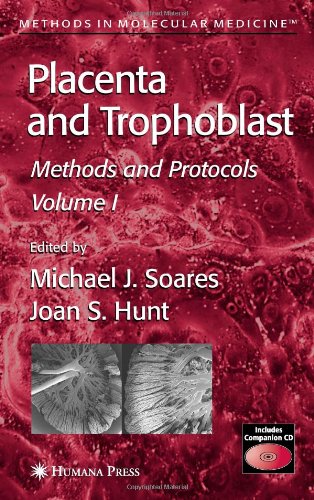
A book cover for Placenta and Trophoblast: Methods and Protocols, Volume I (Methods in Molecular Medicine); Medical Books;